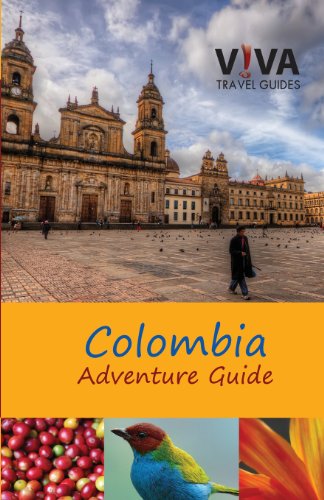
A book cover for Colombia Adventure Guide (Viva Travel Guides); Lorraine Caputo; Travel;